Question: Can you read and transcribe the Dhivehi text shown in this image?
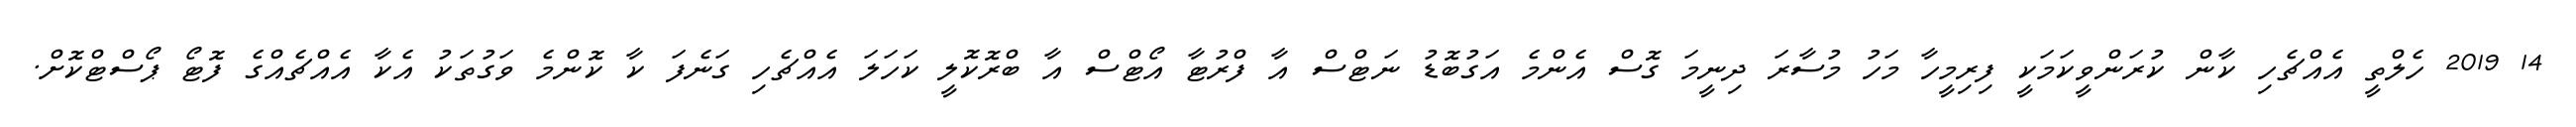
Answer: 14 2019 ހެލްތީ އެއްޗެހި ކާން ކުރަންވީކަމަކީ ފިރިމީހާ މަހު މުސާރަ ދިނީމަ ގޮސް އެންމެ އަގުބޮޑު ނަޓްސް އާ ފްރުޓާ އޯޓްސް އާ ބްރޮކޮލީ ކަހަލަ އެއްޗެހި ގަނެފަ ކާ ކޮންމެ ވަގުތަކު އެކާ އެއްޗެއްގެ ފޮޓޯ ޕޯސްޓްކޮށް.